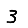
Digit: 3